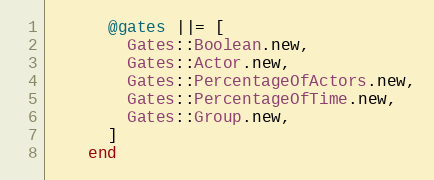
Language: Ruby
      @gates ||= [
        Gates::Boolean.new,
        Gates::Actor.new,
        Gates::PercentageOfActors.new,
        Gates::PercentageOfTime.new,
        Gates::Group.new,
      ]
    end